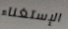
الإستغناء